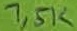
Text: 1,5K